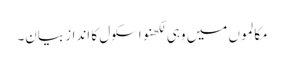
مکالموں میں وہی لکھنو اسکول کا انداز بیان۔